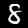
Digit: 8